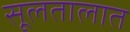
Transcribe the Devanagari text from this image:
सूलतालात